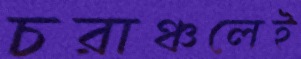
চরাঞ্চলেই